Leaving Certificate Examination, 1921
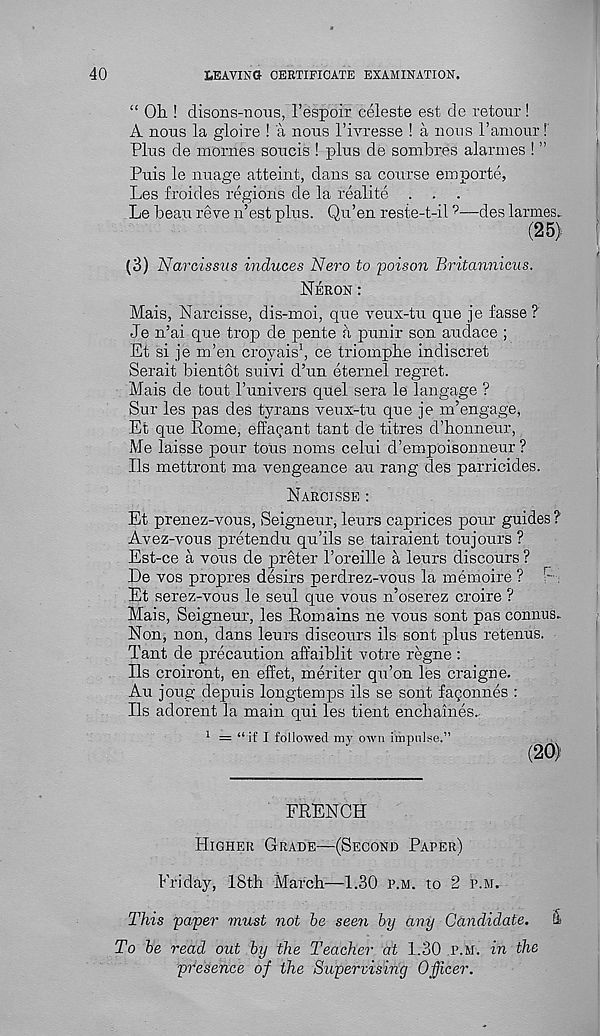
40
LEAVING CERTIFICATE EXAMINATION.
“ Oh ! disons-nons, I’espoir celeste est de retour!
A nous la gloire ! a nous 1’ivresse ! a nous I’amour!
Plus de mornes soucis ! plus de sombres alarmes ! ”
Puis le image atteint, dans sa course em porte,
Les froides regions de la realite . .
Le beau reve n’est plus. Qu’en reste-t-il ? —des larmes.
(25)
(3) Narcissus induces Nero to poison Britannicus.
Neron :
Mais, Narcisse, dis-moi, que veux-tu que je fasse ?
Je n’ai que trop de pente a punir son audace ;
Et si je m’en croyais 1 , ce triomphe indiscret
Serait bientot suivi d’un eternel regret.
Mais de tout I’univers quel sera le langage ?
Sur les pas des tyrans veux-tu que je m’engage,
Et que Rome, effa^ant tant de titres d’honneur,
Me laisse pour tons noms celui d’empoisonneur ?
Ils mettront ma vengeance au rang des parricides.
Narcisse :
Et prenez-vous, Seigneur, leurs caprices pour guides ?
Avez-vous pretendu qu’ils se tairaient toujours ?
Est-ce a vous de preter 1’oreille a leurs discours ?
De vos propres desirs perdrez-vous la memoire ? F- ;
Et serez-vous le seul que vous n’oserez croire ?
Mais, Seigneur, les Romains ne vous sont pas connus.
Non, non, dans leurs discours ils sont plus retenus.
Tant de precaution affaiblit votre regne :
Ils croiront, en effet, meriter qu’on les craigne.
Au joug depuis longtemps ils se sont fagonnes :
Ils adorent la main qui les tient enchaines-
1 = “if I followed my own impulse.”
(20)
FRENCH
Higher Grade—(Second Paper)
Friday, 18th March—1.30 p.m. to 2 p.m.
This paper must not be seen by any Candidate.
il
To be read out by the Teacher at 1.30 p.m. in the
presence of the Supervising Officer.